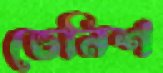
ভেনিশ